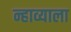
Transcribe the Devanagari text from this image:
न्हाव्याला